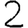
Digit: 2